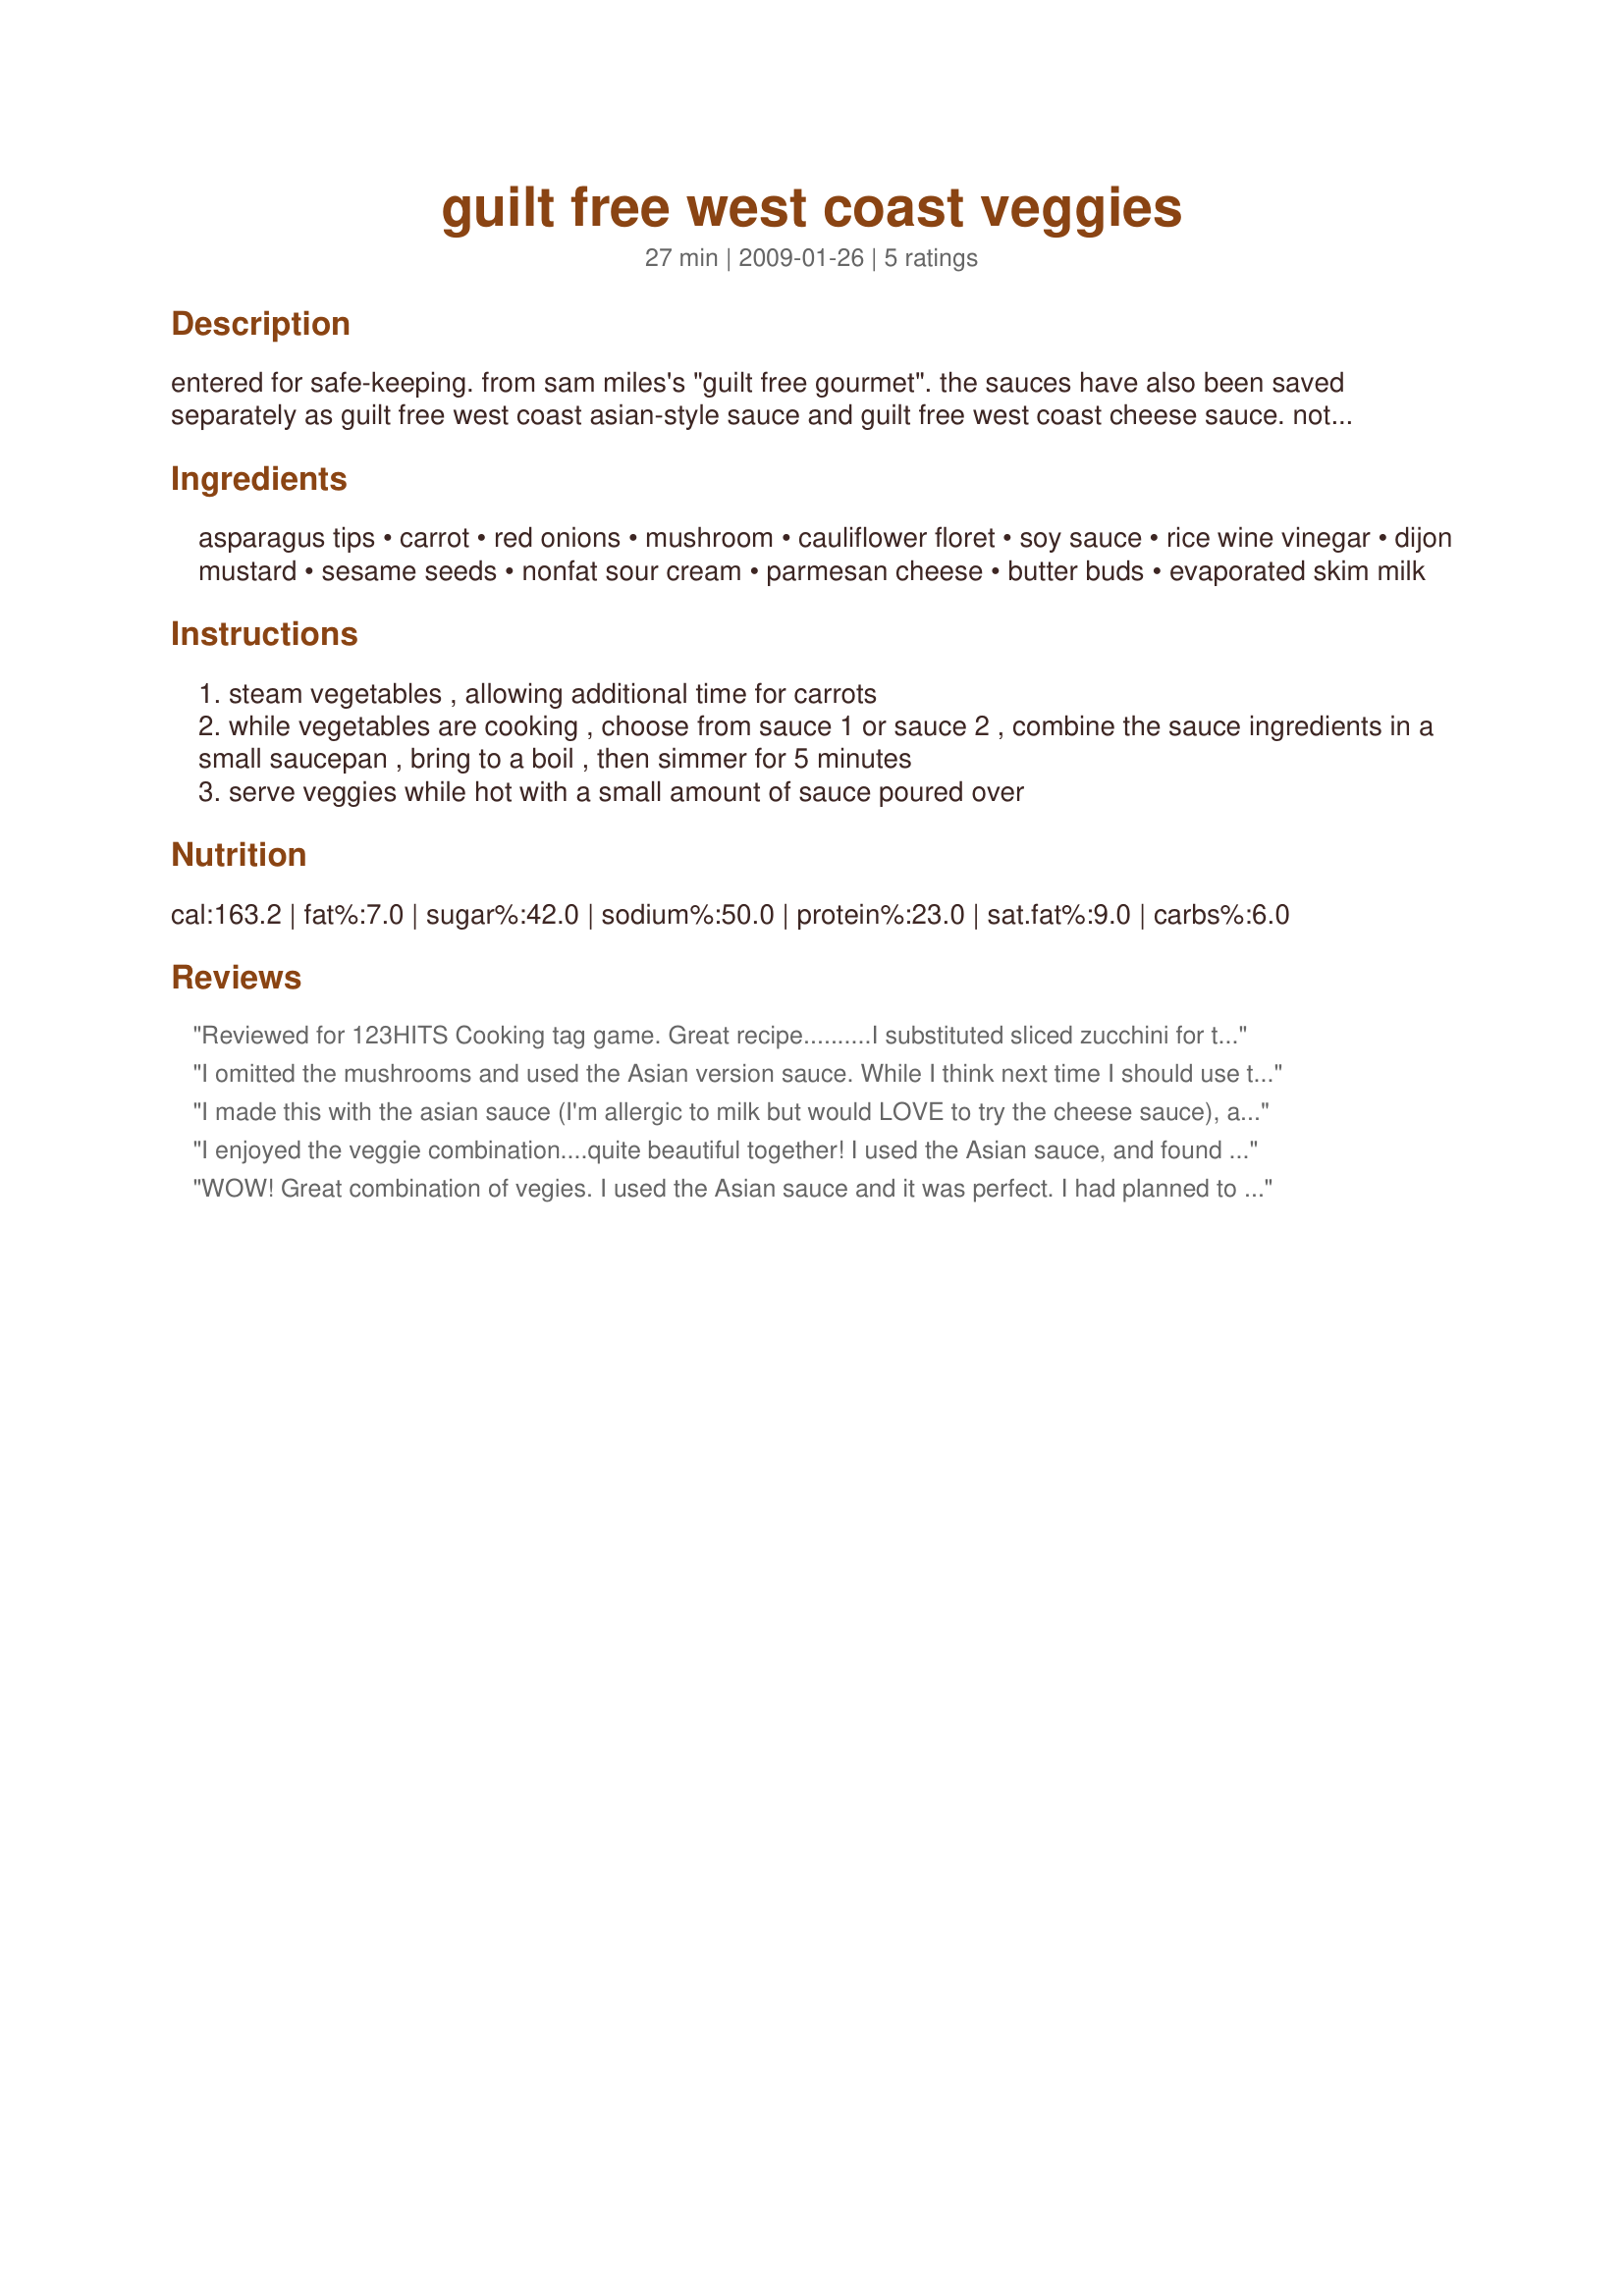
guilt free west coast veggies
Preparation time: 27 minutes

entered for safe-keeping. from sam miles's "guilt free gourmet". the sauces have also been saved separately as guilt free west coast asian-style sauce and guilt free west coast cheese sauce. note that carrots will take a few minutes more to cook than other vegetables.

Ingredients:
asparagus tips, carrot, red onions, mushroom, cauliflower floret, soy sauce, rice wine vinegar, dijon mustard, sesame seeds, nonfat sour cream, parmesan cheese, butter buds, evaporated skim milk

Steps:
steam vegetables , allowing additional time for carrots
while vegetables are cooking , choose from sauce 1 or sauce 2 , combine the sauce ingredients in a small saucepan , bring to a boil , then simmer for 5 minutes
serve veggies while hot with a small amount of sauce poured over

Reviews:
Reviewed for 123HITS Cooking tag game. Great recipe..........I substituted sliced zucchini for the asparagus and everything turned out wonderful. I think you could use many different vegetable combinations. I used the Asian sauce and look forward to trying the cheese sauce soon.
I omitted the mushrooms and used the Asian version sauce. While I think next time I should use the low sodium soy sauce this was a great side dish.
I made this with the asian sauce (I'm allergic to milk but would LOVE to try the cheese sauce), and altered the method slightly. Instead of steaming the veggies I braised the cauliflower first (8-10 min) in about a quarter cup of chicken broth, then added the rest of the veggies, covered my pan, and let braise/steam in what little of the broth was left for another five minutes or so. Then I just added the sauce to the veggies to cook for a few. It was absolutely delicious...I ate it all off my plate before I touched one of my favorite entrees (recipe #45809)! Thanks KatieL, will be making often!
I enjoyed the veggie combination....quite beautiful together! I used the Asian sauce, and found it a bit too vinegary for me. Really enjoyed the wonderful colors in the vegetables. Plus they are easy to put together. Thanks for sharing! Made for 123 Hits Tag.
WOW! Great combination of vegies. I used the Asian sauce and it was perfect. I had planned to have a little leftover to chill and use on a salad the next day, but we just kept eating them and they were gone. I think this would be a great chilled dish during the summer.
